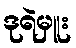
ဒုရဲမှူး